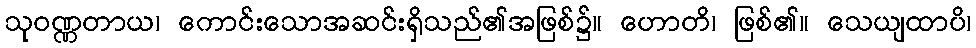
သုဝဏ္ဏတာယ၊ ကောင်းသောအဆင်းရှိသည်၏အဖြစ်၌။ ဟောတိ၊ ဖြစ်၏။ သေယျထာပိ၊